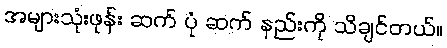
အများသုံးဖုန်း ဆက် ပုံ ဆက် နည်းကို သိချင်တယ်။